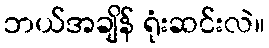
ဘယ်အချိန် ရုံးဆင်းလဲ။